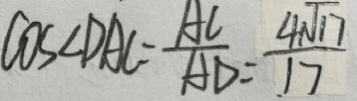
\cos \angle D A C = \frac { A C } { A D } = \frac { 4 \sqrt { 1 7 } } { 1 7 }